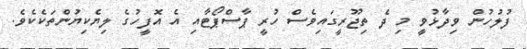
ފުލުހުން ވިދާޅުވީ މި ދެ ތިޖޫރީގައިވެސް ހުރީ ޕާސްޕޯޓާއި އެ އޮފީހުގެ ލިޔެކިޔުންތަކެކެވެ.